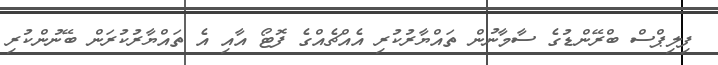
ފިލިޕްސް ބްރޭންޑުގެ ސާމާނުން ތައްޔާރުކުރި އެއްޗެއްގެ ފޮޓޯ އާއި އެ ތައްޔާރުކުރަން ބޭނުންކުރި